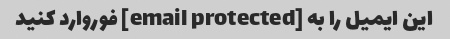
این ایمیل را به [email protected] فوروارد کنید